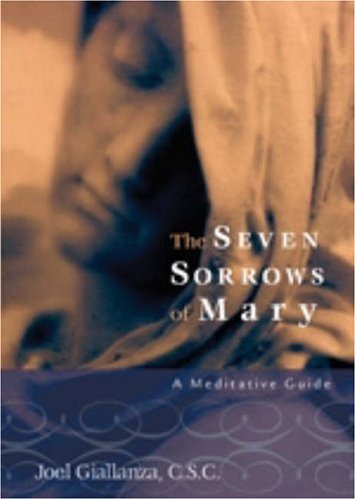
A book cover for The Seven Sorrows of Mary: A Meditative Guide; Joel Giallanza C. S. C.; Christian Books & Bibles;